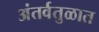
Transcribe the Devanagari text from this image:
अंतर्वतुळात